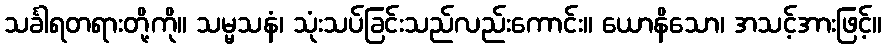
သင်္ခါရတရားတို့ကို။ သမ္မသနံ၊ သုံးသပ်ခြင်းသည်လည်းကောင်း။ ယောနိသော၊ အသင့်အားဖြင့်။